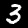
Digit: 3